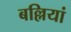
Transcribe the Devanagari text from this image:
बल्लियां